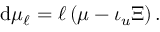
\mathrm { d } \mu _ { \ell } = \ell \left( \mu - \iota _ { u } \Xi \right) .